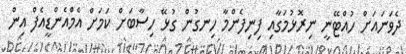
ދެވަނައަށް ހުއްޓޭނީ ނިރޮޅުމަގާއި ފިނިފެންމާ ހިނގުން ގުޅޭ ހިސާބަށް ކަމަށް އެމްއެންޑީއެފް އިން